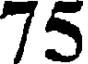
75